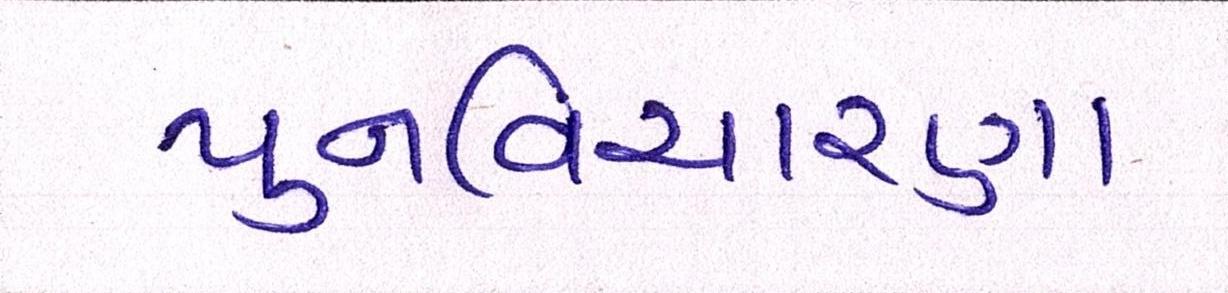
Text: પુનઃવિચારણા